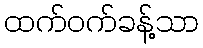
ထက်ဝက်ခန့်သာ